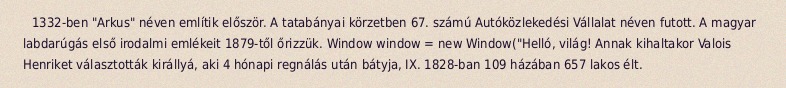
1332-ben "Arkus" néven említik először. A tatabányai körzetben 67. számú Autóközlekedési Vállalat néven futott. A magyar labdarúgás első irodalmi emlékeit 1879-től őrizzük. Window window = new Window("Helló, világ! Annak kihaltakor Valois Henriket választották királlyá, aki 4 hónapi regnálás után bátyja, IX. 1828-ban 109 házában 657 lakos élt.